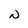
Character: N